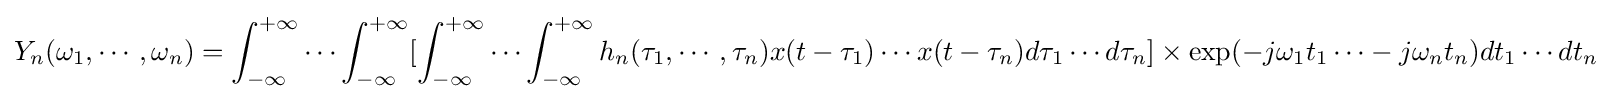
Y_{n}(\omega _{1},\cdots ,\omega _{n})=\int _{-\infty }^{+\infty }\cdots \int _{-\infty }^{+\infty }[\int _{-\infty }^{+\infty }\cdots \int _{-\infty }^{+\infty }h_{n}(\tau _{1},\cdots ,\tau _{n})x(t-\tau _{1})\cdots x(t-\tau _{n})d\tau _{1}\cdots d\tau _{n}]\times \exp(-j\omega _{1}t_{1}\cdots -j\omega _{n}t_{n})dt_{1}\cdots dt_{n}